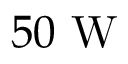
5 0 ~ \mathrm { W }